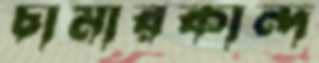
চামারকান্দ